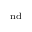
^ \mathrm { n d }